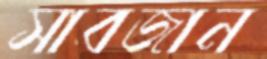
সাবজান